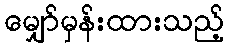
မျှော်မှန်းထားသည့်